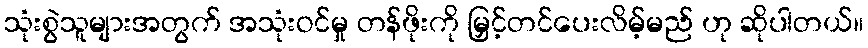
သုံးစွဲသူများအတွက် အသုံးဝင်မှု တန်ဖိုးကို မြှင့်တင်ပေးလိမ့်မည် ဟု ဆိုပါတယ်။